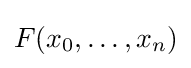
F(x_{0},\ldots ,x_{n})